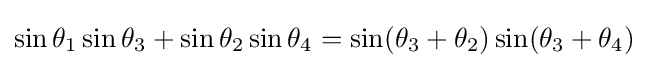
\sin \theta _{1}\sin \theta _{3}+\sin \theta _{2}\sin \theta _{4}=\sin(\theta _{3}+\theta _{2})\sin(\theta _{3}+\theta _{4})